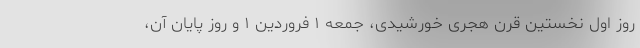
روز اول نخستین قرن هجری خورشیدی، جمعه ۱ فروردین ۱ و روز پایان آن،